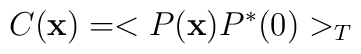
C({\bf x}) = <P({\bf x}) P^*(0)>_T